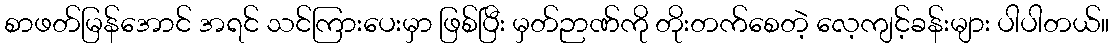
စာဖတ်မြန်အောင် အရင် သင်ကြားပေးမှာ ဖြစ်ပြီး မှတ်ဉာဏ်ကို တိုးတက်စေတဲ့ လေ့ကျင့်ခန်းများ ပါပါတယ်။